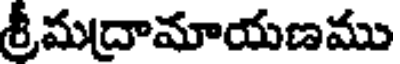
శ్రీమద్రామాయణము